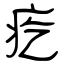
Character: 疙